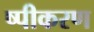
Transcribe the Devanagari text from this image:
ष्पीकरण